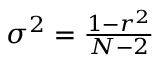
\begin{array} { r } { \sigma ^ { 2 } = \frac { 1 - r ^ { 2 } } { N - 2 } } \end{array}